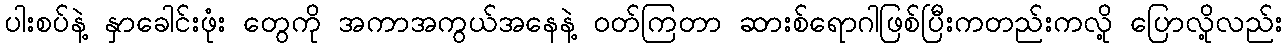
ပါးစပ်နဲ့ နှာခေါင်းဖုံး တွေကို အကာအကွယ်အနေနဲ့ ဝတ်ကြတာ ဆားစ်ရောဂါဖြစ်ပြီးကတည်းကလို့ ပြောလို့လည်း